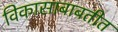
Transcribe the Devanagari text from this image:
विकासाबाबतीत